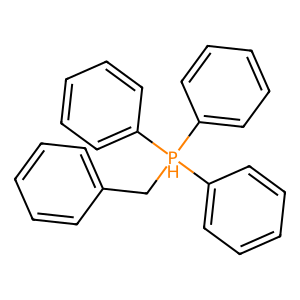
SMILES: c1ccc(C[PH](c2ccccc2)(c2ccccc2)c2ccccc2)cc1
Inhibits HIV replication: No